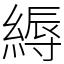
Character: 縟